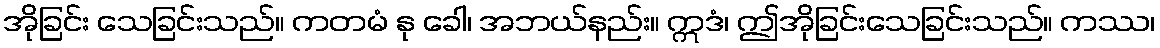
အိုခြင်း သေခြင်းသည်။ ကတမံ နု ခေါ၊ အဘယ်နည်း။ ဣဒံ၊ ဤအိုခြင်းသေခြင်းသည်။ ကဿ၊